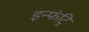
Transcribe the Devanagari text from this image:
इन्फंट्रि